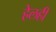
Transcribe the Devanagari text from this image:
हेलही